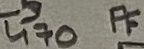
Text: 470 PF